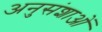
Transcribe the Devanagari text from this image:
अनुसंशाओं